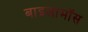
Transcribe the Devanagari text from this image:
बाइलामॉस